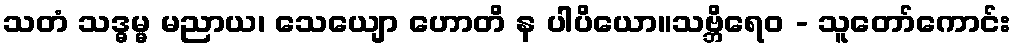
သတံ သဒ္ဓမ္မ မညာယ၊ သေယျော ဟောတိ န ပါပိယော။သဗ္ဘိရေဝ - သူတော်ကောင်း